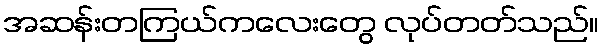
အဆန်းတကြယ်ကလေးတွေ လုပ်တတ်သည်။